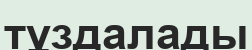
тұздалады